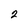
Character: 2